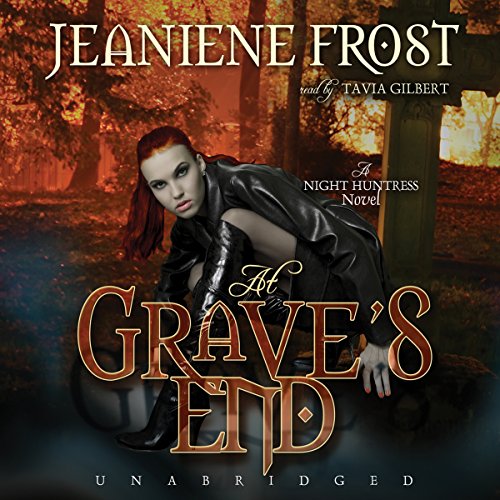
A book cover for At Grave's End: Night Huntress, Book 3; Jeaniene Frost; Literature & Fiction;